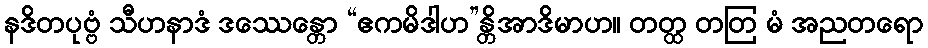
နဒိတပုဗ္ဗံ သီဟနာဒံ ဒဿေန္တော “ဧကမိဒါဟ”န္တိအာဒိမာဟ။ တတ္ထ တတြ မံ အညတရော